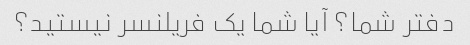
دفتر شما؟ آیا شما یک فریلنسر نیستید؟